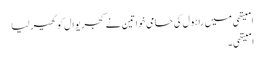
امیتھی میں راہول کی حامی خواتین نے کجریوال کو گھیر لیا
امیتھی ۔